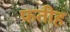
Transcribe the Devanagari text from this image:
फतीह